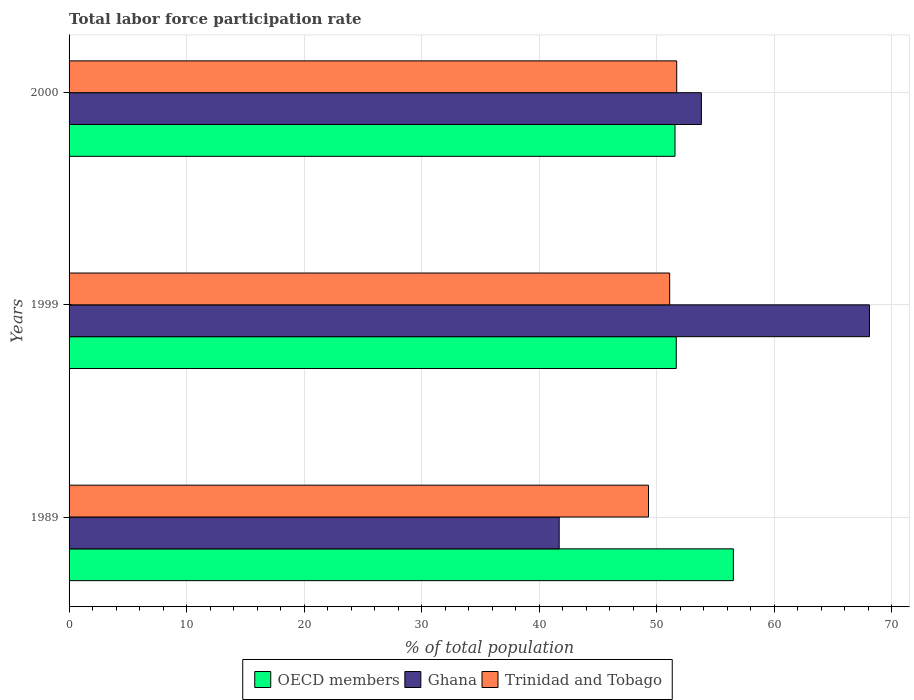
| Years | OECD members | Ghana | Trinidad and Tobago |
 | --- | --- | --- | --- |
 | 1989 | 56.5 | 41.7 | 49.3 |
 | 1999 | 51.7 | 68.1 | 51.1 |
 | 2000 | 51.6 | 53.8 | 51.7 |